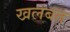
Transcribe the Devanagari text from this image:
खलबत